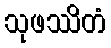
သုဖဿိတံ